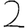
Digit: 2